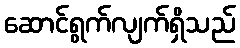
ဆောင်ရွက်လျက်ရှိသည်